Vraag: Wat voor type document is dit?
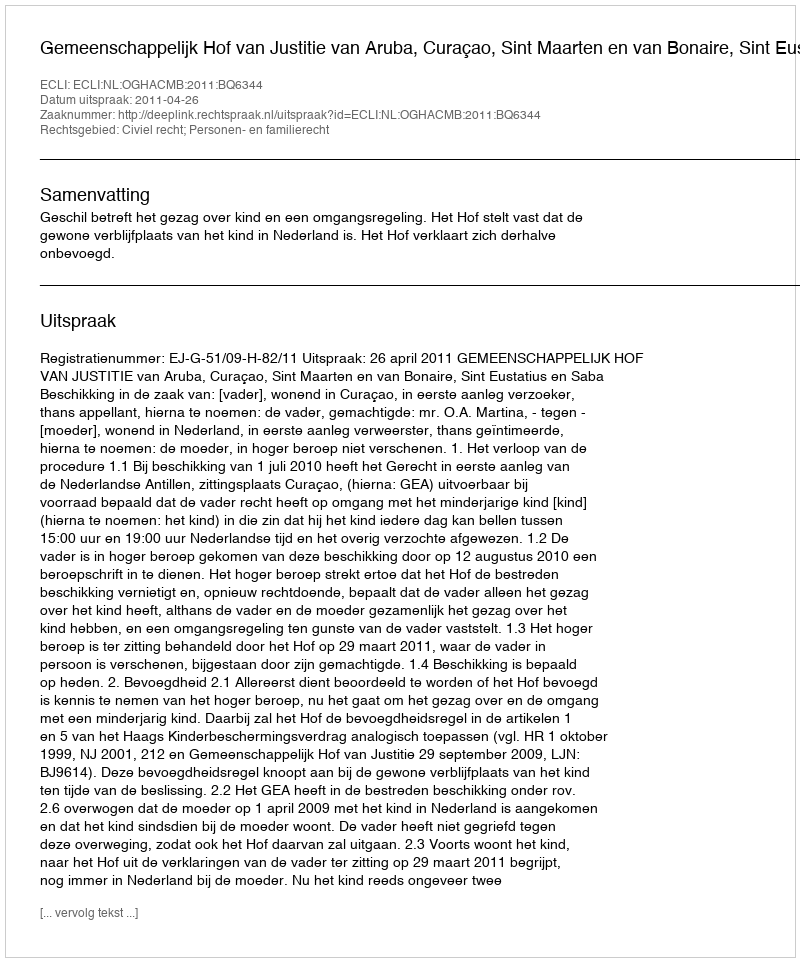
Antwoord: Uitspraak